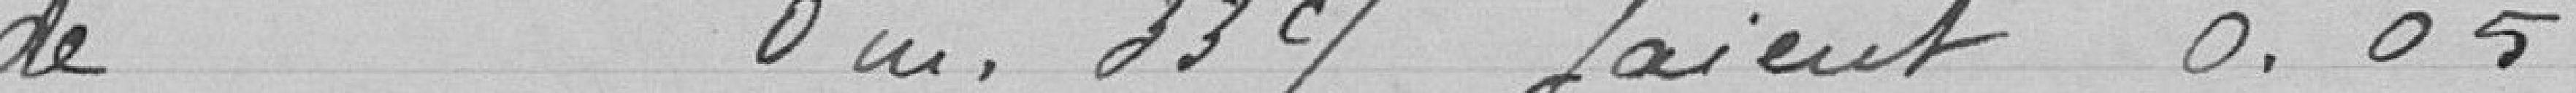
de 0 m 33c/m paient 0.05